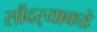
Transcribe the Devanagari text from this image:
सौंदर्‍याकडे